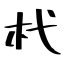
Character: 杙